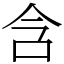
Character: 含